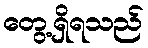
တွေ့ရှိရသည်